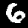
Digit: 6